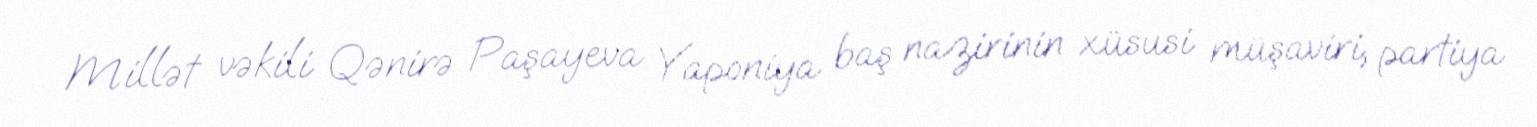
Millət vəkili Qənirə Paşayeva Yaponiya baş nazirinin xüsusi müşaviri, partiya